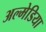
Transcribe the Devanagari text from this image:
अल्मेडिया